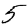
Digit: 5